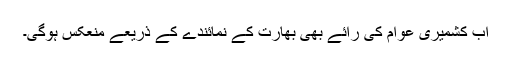
اب کشمیری عوام کی رائے بھی بھارت کے نمائندے کے ذریعے منعکس ہوگی۔